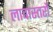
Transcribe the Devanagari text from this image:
लावास्तरोें